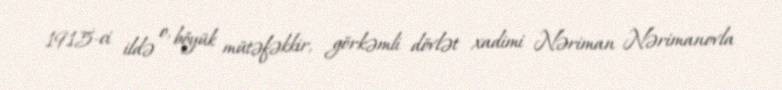
1915-ci ildə o, böyük mütəfəkkir, görkəmli dövlət xadimi Nəriman Nərimanovla